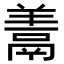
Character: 𩰱